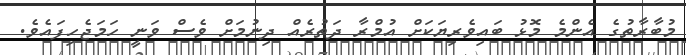
މުބާރާތުގެ އެންމެ މޮޅު ބައިވެރިޔަކަށް އުމްރާ ދަތުރެއް ދިނުމަށް ވެސް ވަނީ ހަމަޖެހިފައެވެ.